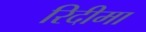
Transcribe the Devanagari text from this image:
रिदीमा